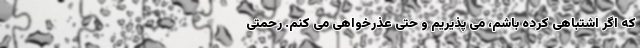
که اگر اشتباهی کرده باشم، می پذیریم و حتی عذرخواهی می کنم. رحمتی